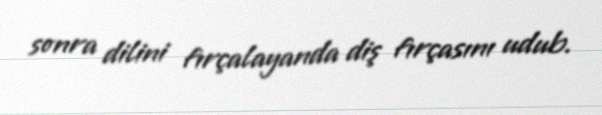
sonra dilini fırçalayanda diş fırçasını udub.